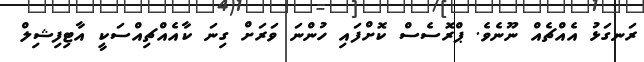
ރަނގަޅު އެއްޗެއް ނޫނެވެ. ޕްރޮސެސް ކޮށްފައި ހުންނަ ވަރަށް ގިނަ ކާއެއްޗިއްސަކީ އާޓިފިޝިލް